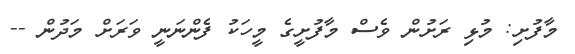
މާފުށި: މުޅި ރަށުން ވެސް މާފުށީގެ މީހަކު ފެންނަނީ ވަރަށް މަދުން --